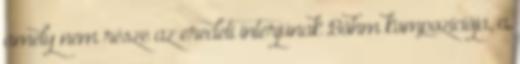
amely nem része az eredeti interjúnak Böhm kompozíciója, a